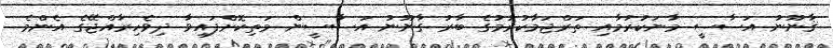
ޤާނޫނު އަސާސީ މާނަކުރުމާއި ތަރްޖަމާކުރުމުގެ ބާރު ގާނޫނު އަސާސީން މަތިކޮށްފައިވާ ދިވެހިރާއްޖޭގެ އެންމެ